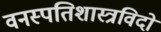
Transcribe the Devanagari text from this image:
वनस्पतिशास्त्रविदों